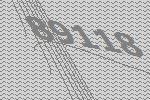
89118